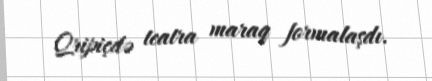
Qripiçdə teatra maraq formalaşdı.